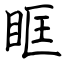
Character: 眶